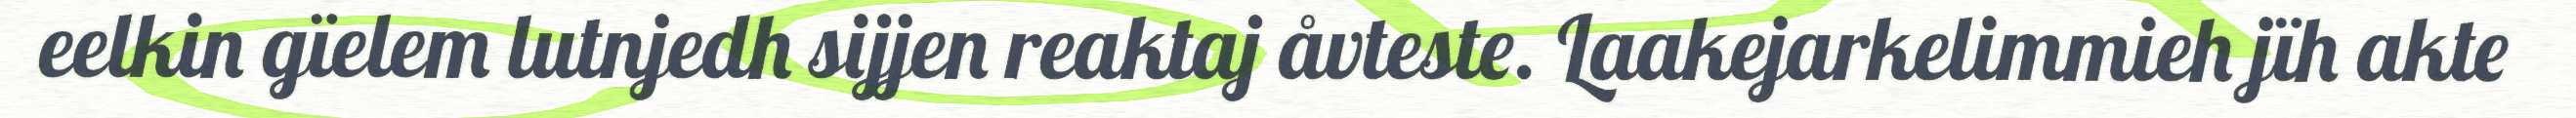
eelkin gïelem lutnjedh sijjen reaktaj åvteste. Laakejarkelimmieh jïh akte